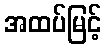
အထပ်မြင့်